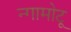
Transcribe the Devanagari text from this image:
न्गामोटू